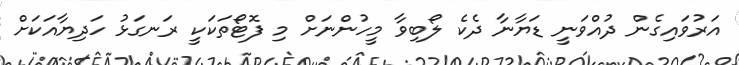
އަރުވައިގެން ދުއްވަނީ ޑަޔާނާ ދެކެ ލޯބިވާ މީހުންނަށް މި ފޮޓޯތަކަކީ ރަނގަޅު ހަދިޔާއަކަށް